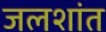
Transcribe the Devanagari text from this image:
जलशांत